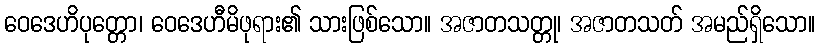
ဝေဒေဟိပုတ္တော၊ ဝေဒေဟီမိဖုရား၏ သားဖြစ်သော။ အဇာတသတ္တု၊ အဇာတသတ် အမည်ရှိသော။